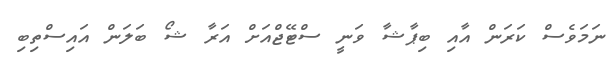
ނަމަވެސް ކަރަން އާއި ބިޕާޝާ ވަނީ ސްޓޭޖްއަށް އަރާ ޝޯ ބަލަން އައިސްތިބި